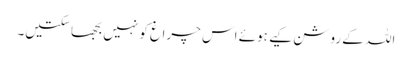
اللہ کے روشن کیے ہوئے اس چراغ کو نہیں بجھا سکتیں۔